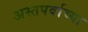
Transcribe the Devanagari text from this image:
अस्तपर्वाच्या